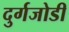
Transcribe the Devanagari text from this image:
दुर्गजोडी